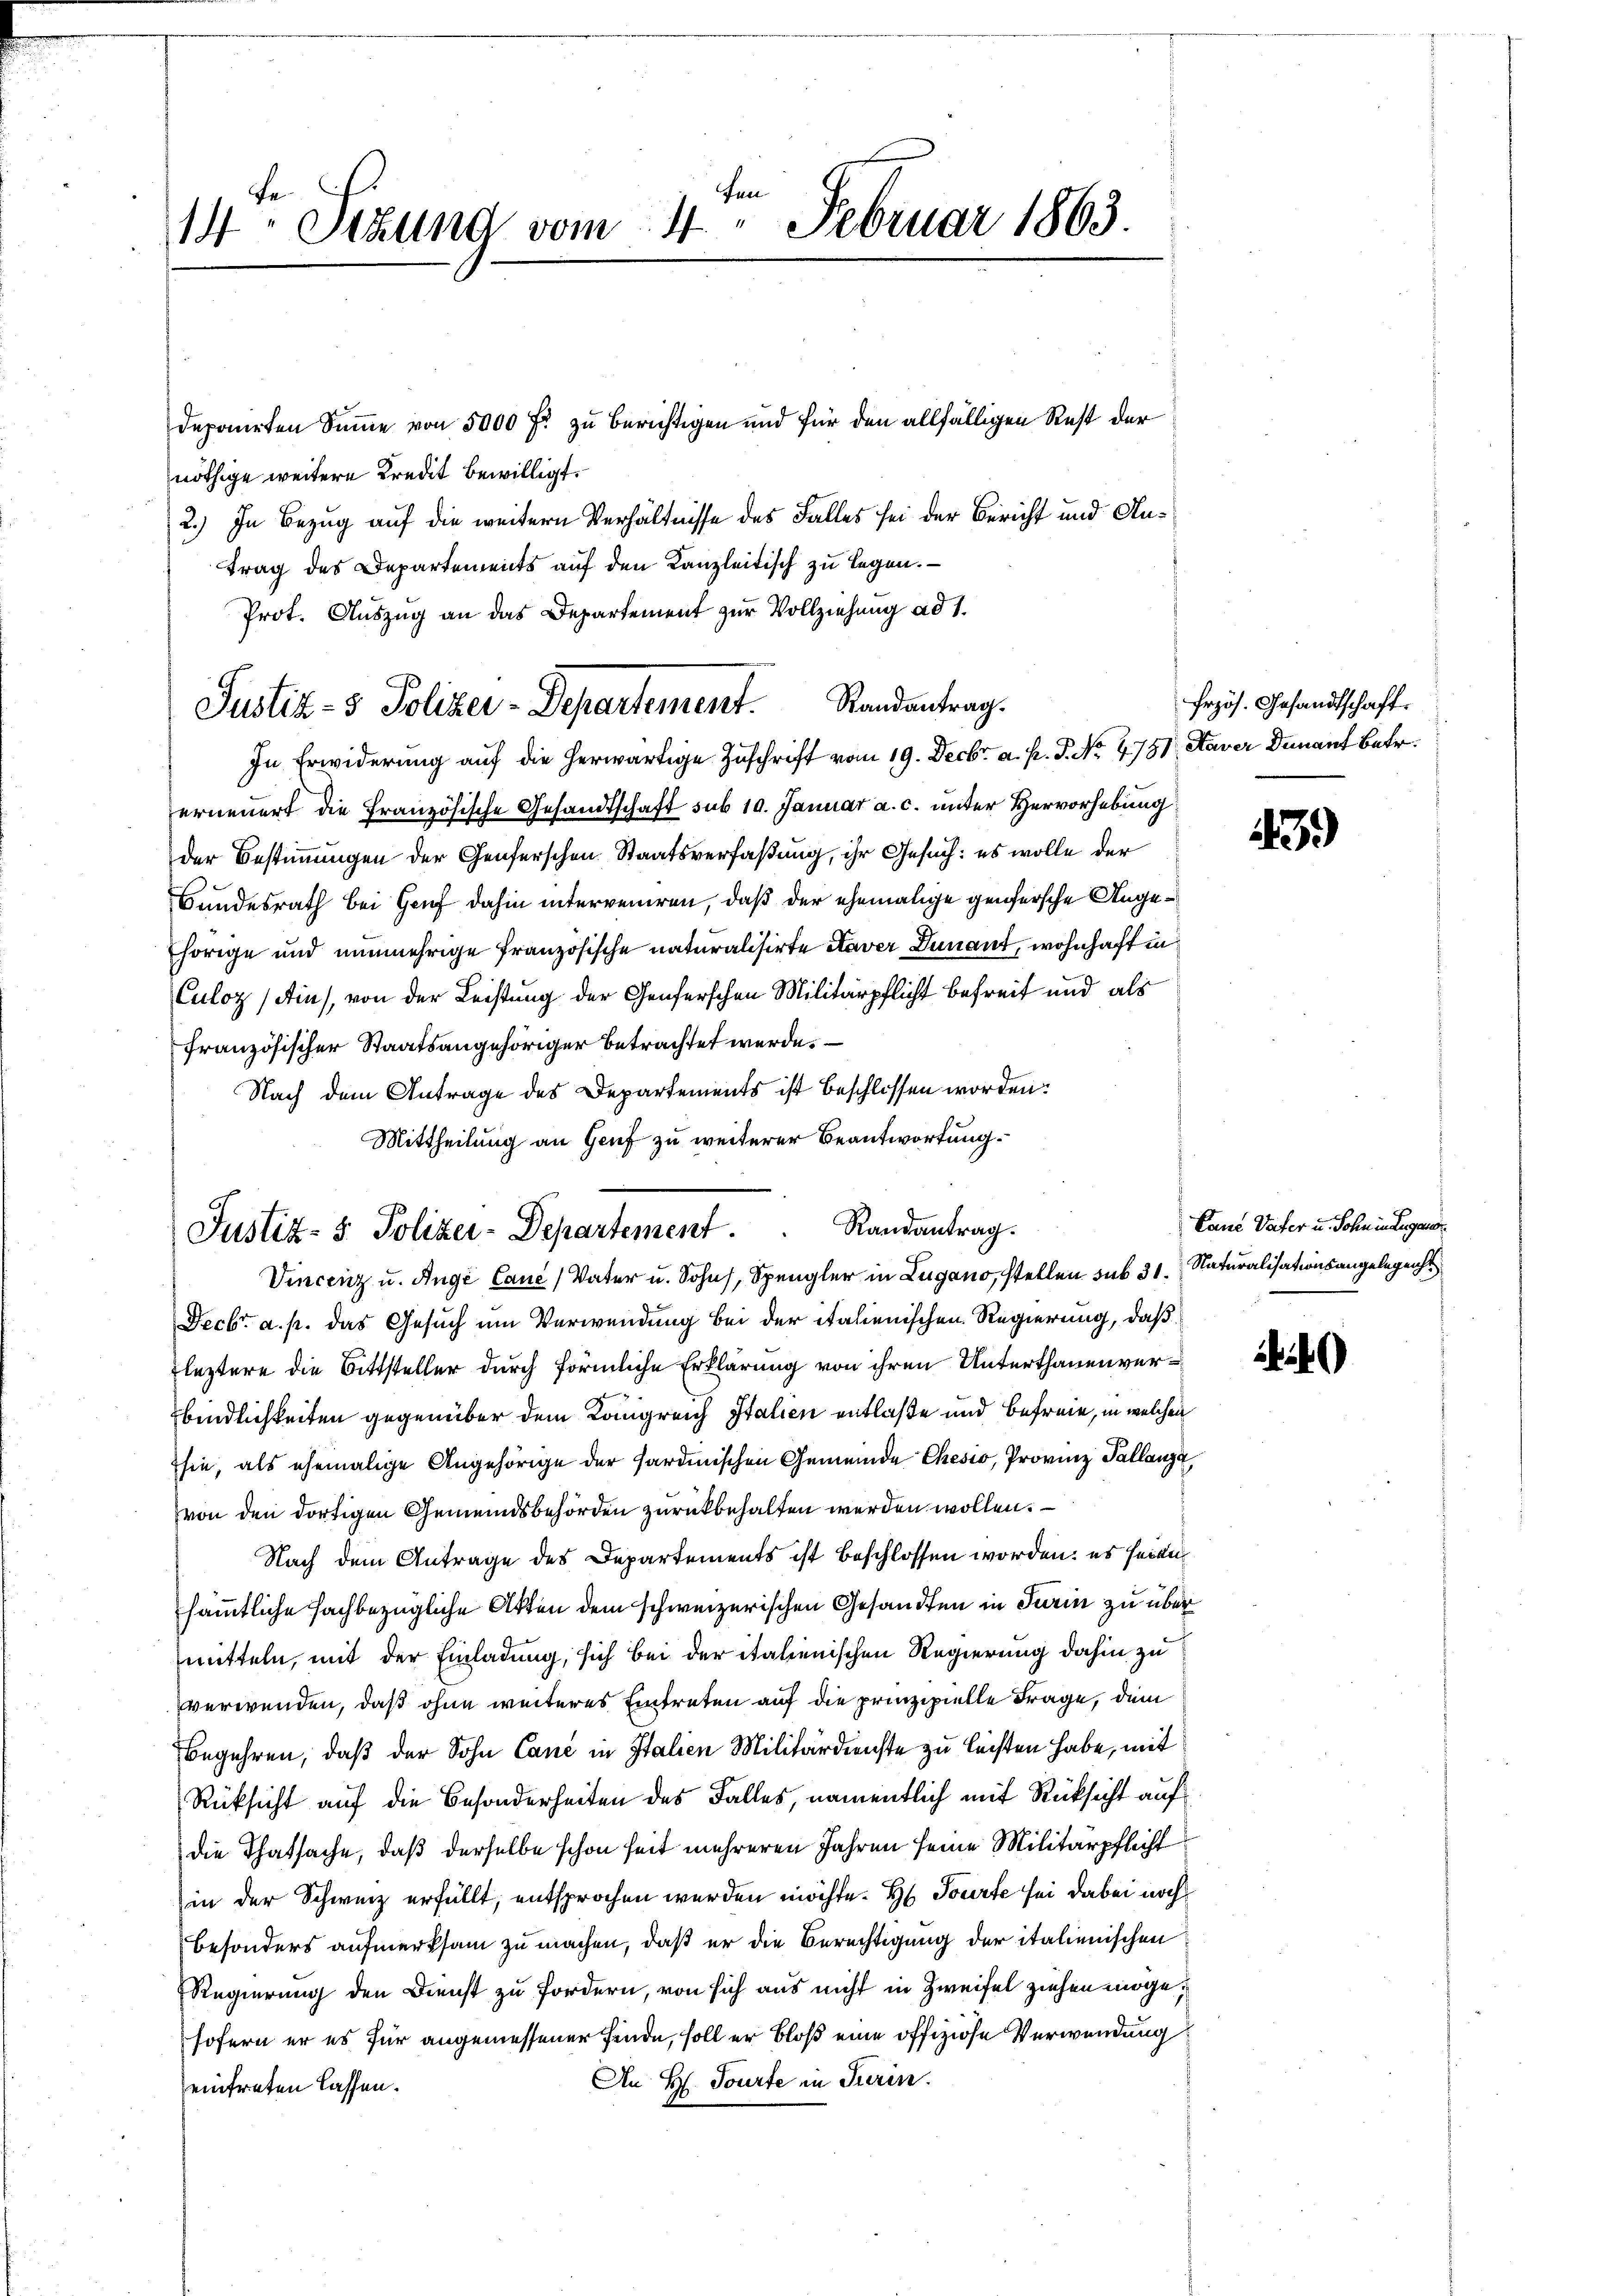
len
14 Sizung vom 4. Februar 1863

deponirten Summe von 5000 f: zu berichtigen und für den allfälligen Rest der
nöthige weitere Kredit bewilligt.
2.) In Bezug auf die weitern Verhältnisse des Falles sei der Bericht und Antrag des Departements auf den Kanzleitisch zu legen.
Prot. Auszug an das Departement zur Vollziehung ad 1.
In Erwiderung auf die herwärtige Zuschrift vom 19. Decbr. a. p. P. Nr. 4751 Haver Dunant betr.
erneuert die Französische Gesandtschaft sub 10. Januar a. c. unter Hervorhebung
der Bestimmungen der Genferschen Staatsverfaßung, ihr Gesuch: es wolle der
Bundesrath bei Genf dahin interveniren, daß der ehemalige Genfersche Angehörige und nunmehrige Französische naturalisirte Kaver Dunant, wohnhaft in
Culoz (Ains, von der Leistung der Genferschen Militärpflicht befreit und als
französischer Staatsangehöriger betrachtet werde.
Nach dem Antrage des Departements ist beschlossen worden:
Mittheilung an Genf zu weiterer Beantwortung.
Vincenz u. Auge Canc, Vater u. Sohn, Spengler in Lugano, stellen sub 31. Naturalisationsangelegenhe
Decbr a. p. das Gesuch um Verwendung bei der italienischen Regierung, daß
Fleztere die Bittsteller durch förmliche Erklärung von ihren Unterthanenverbindlichkeiten gegenüber dem Kongreich Italien entlaße und befreie, in welchen
sie, als ehemalige Angehörige der Sardinischen Gemeinde Chesio, Provinz Pallanza,
von den dortigen Gemeindsbehörden zurückbehalten werden wollen.
Nach dem Antrage des Departements ist beschlossen worden; es seien
sämmtliche Fachbezügliche Akten dem schweizerischen Gesandten in Turin zu übermitteln, mit der Einladung, sich bei der italienischen Regierung dahin zu
verwenden, daß ohne weiteres Eintreten auf die prinzipielle Frage, dem
Begehren, daß der Sohn Canc in Italien Militärdienste zu leisten habe, mit
Rücksicht auf die Besonderheiten des Falles, namentlich mit Rücksicht auf
die Thatsache, daß derselbe schon seit mehreren Jahren seine Militärpflicht
in der Schweiz erfüllt, entsprochen werden möchte. H. Tourte sei dabei noch
besonders aufmerksam zu machen, daß er die Berechtigung der italienischen
Regierung den Dienst zu fordern, von sich aus nicht in Zweifel ziehen möge,
sofern er es für angemessener finde, soll er bloß eine offiziöse Verwendung
An H. Tourte in Turin.
eintreten lassen.

Justiz- & Poliker-Departement. Randantrag.

Justiz- & Polizei-Departement . . Randantrag.

Erzös. Gesandtschaft.

39)

Cane Vater u. Sohn in ergan

24)